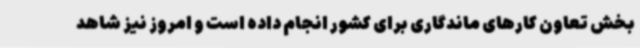
بخش تعاون کارهای ماندگاری برای کشور انجام داده است و امروز نیز شاهد